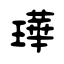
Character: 璍